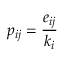
p _ { i j } = \frac { e _ { i j } } { k _ { i } }